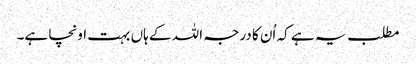
مطلب یہ ہے کہ اُن کا درجہ اللہ کے ہاں بہت اونچا ہے۔